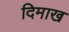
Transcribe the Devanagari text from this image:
दिमाख